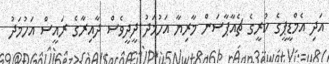
އަދި އެމްޑީޕީގެ ކުރީގެ ޗެއާޕާސަން މާރިޔާ އަހުމަދު ދީދީވެސް ދާއިރާގެ ރައީސް އަހުމަދު